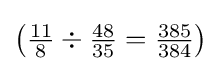
\left({\tfrac {11}{8}}\div {\tfrac {48}{35}}={\tfrac {385}{384}}\right)